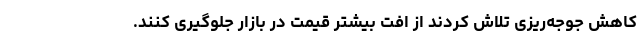
کاهش جوجه‌ریزی تلاش کردند از افت بیشتر قیمت در بازار جلوگیری کنند.